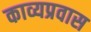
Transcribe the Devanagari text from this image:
काव्यप्रवास